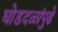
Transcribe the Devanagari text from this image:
घोडदळांपुढे